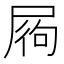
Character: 𡱺